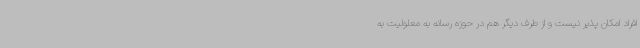
افراد امکان پذیر نیست و از طرف دیگر هم در حوزه رسانه به معلولیت به